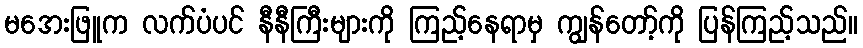
မအေးဖြူက လက်ပံပင် နီနီကြီးများကို ကြည့်နေရာမှ ကျွန်တော့်ကို ပြန်ကြည့်သည်။